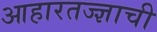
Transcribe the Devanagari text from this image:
आहारतज्‍ज्ञाची